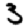
Digit: 3